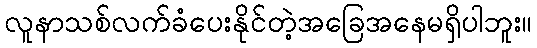
လူနာသစ်လက်ခံပေးနိုင်တဲ့အခြေအနေမရှိပါဘူး။